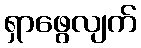
ရှာဖွေလျက်